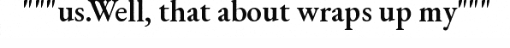
"""us.Well, that about wraps up my"""